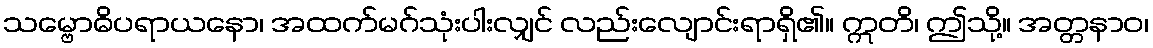
သမ္ဗောဓိပရာယနော၊ အထက်မဂ်သုံးပါးလျှင် လည်းလျောင်းရာရှိ၏။ ဣတိ၊ ဤသို့။ အတ္တနာဝ၊